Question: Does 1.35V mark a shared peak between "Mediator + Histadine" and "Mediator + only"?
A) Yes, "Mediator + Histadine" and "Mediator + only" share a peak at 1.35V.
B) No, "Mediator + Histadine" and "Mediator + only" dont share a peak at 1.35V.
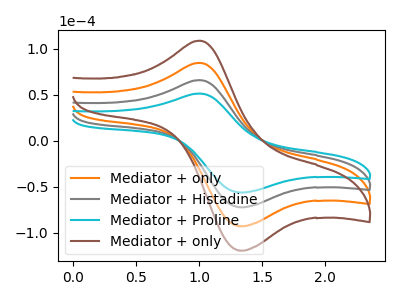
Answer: <think>The orange curve "Mediator + only" has an anodic peak at (1.00V, 131.75uA) and a cathodic peak at (1.35V, -144.70uA). The gray curve "Mediator + Histadine" has an anodic peak at (1.00V, 65.85uA) and a cathodic peak at (1.35V, -72.35uA). The cyan curve "Mediator + Proline" has an anodic peak at (1.00V, 51.25uA) and a cathodic peak at (1.35V, -56.30uA). The brown curve "Mediator + only" has an anodic peak at (1.00V, 197.60uA) and a cathodic peak at (1.35V, -217.00uA).</think>
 <answer>A) Yes, "Mediator + Histadine" and "Mediator + only" share a peak at 1.35V.</answer>
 <eval>A</eval>